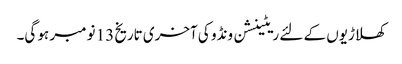
کھلاڑیوں کے لئے ریٹینشن ونڈو کی آخری تاریخ 13 نومبر ہو گی۔